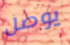
يوصل